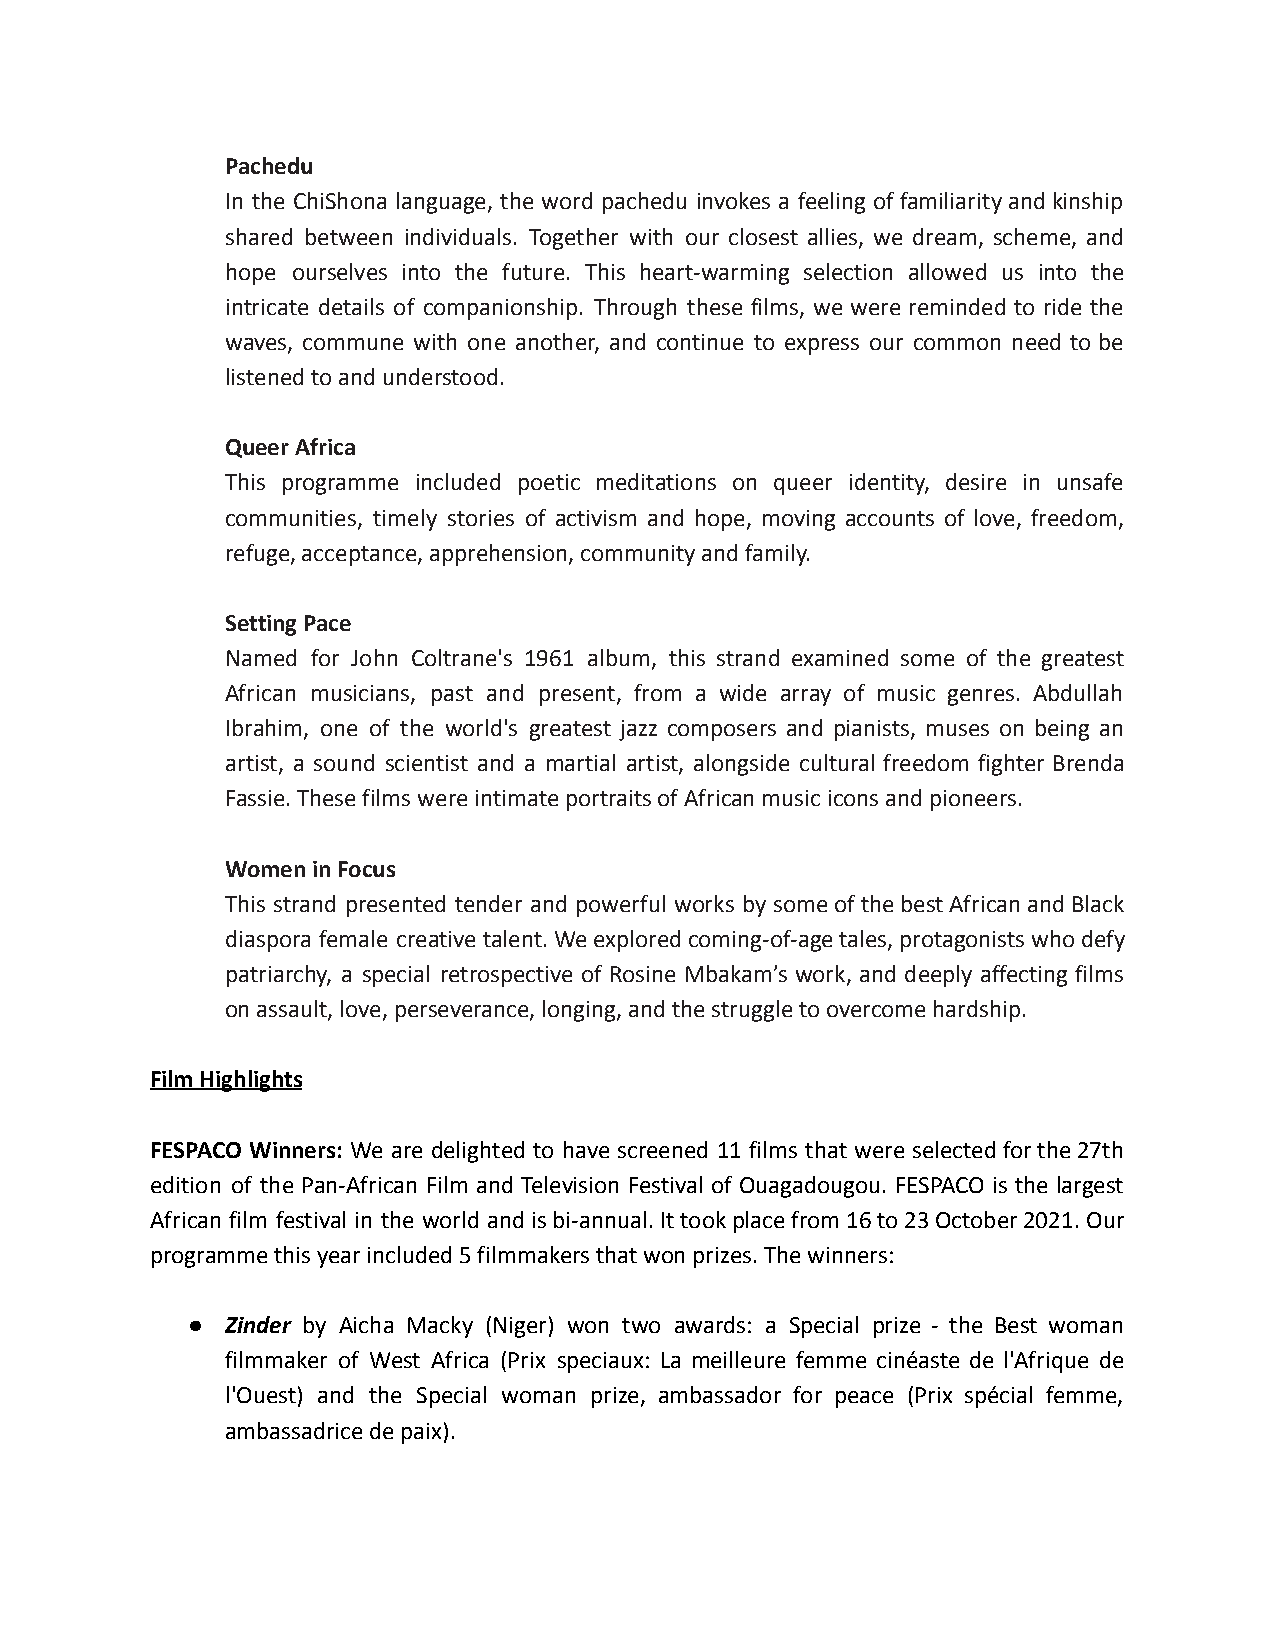
Pachedu
 In the ChiShona language, the word pachedu invokes a feeling offamiliarityandkinship
 shared between individuals. Together with our closest allies, we dream, scheme, and
 hope ourselves into the future. This heart-warming selection allowed us into the
 intricate details of companionship. Through these films, we were reminded to ride the
 waves, commune with one another, and continue to express our common need to be
 listened to and understood.
 Queer Africa
 This programme included poetic meditations on queer identity, desire in unsafe
 communities, timely stories of activism and hope, moving accounts of love, freedom,
 refuge, acceptance, apprehension, community and family.
 Setting Pace
 Named for John Coltrane's 1961 album, this strand examined some of the greatest
 African musicians, past and present, from a wide array of music genres. Abdullah
 Ibrahim, one of the world's greatest jazz composers and pianists, muses on being an
 artist, a sound scientist and a martial artist, alongside cultural freedom fighter Brenda
 Fassie. These films were intimate portraits of African music icons and pioneers.
 Women in Focus
 This strand presented tender and powerful works by someofthebestAfricanandBlack
 diaspora female creativetalent.Weexploredcoming-of-agetales,protagonistswhodefy
 patriarchy, a special retrospective of Rosine Mbakam’s work, and deeply affecting films
 on assault, love, perseverance, longing, and the struggle to overcome hardship.
 Film Highlights
 FESPACO Winners: We are delighted to have screened 11 films that were selectedforthe27th
 edition of the Pan-African Film and Television Festival of Ouagadougou. FESPACO is the largest
 African film festival in the world andisbi-annual.Ittookplacefrom16to23October2021.Our
 programme this year included 5 filmmakers that won prizes. The winners:
 ●  Zinder by Aicha Macky (Niger) won two awards: a Special prize - the Best woman
 filmmaker of West Africa (Prix speciaux: La meilleure femme cinéaste de l'Afrique de
 l'Ouest) and the Special woman prize, ambassador for peace (Prix spécial femme,
 ambassadrice de paix).